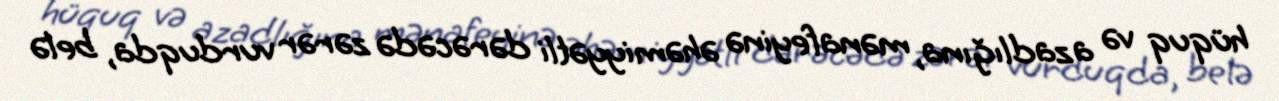
hüquq və azadlığına, mənafeyinə əhəmiyyətli dərəcədə zərər vurduqda, belə